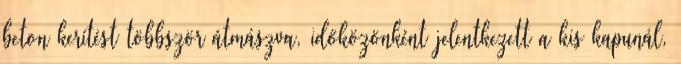
beton kerítést többször átmászva, időközönként jelentkezett a kis kapunál,